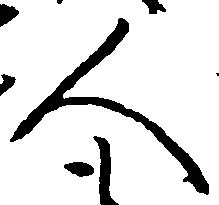
人